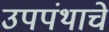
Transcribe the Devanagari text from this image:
उपपंथाचे